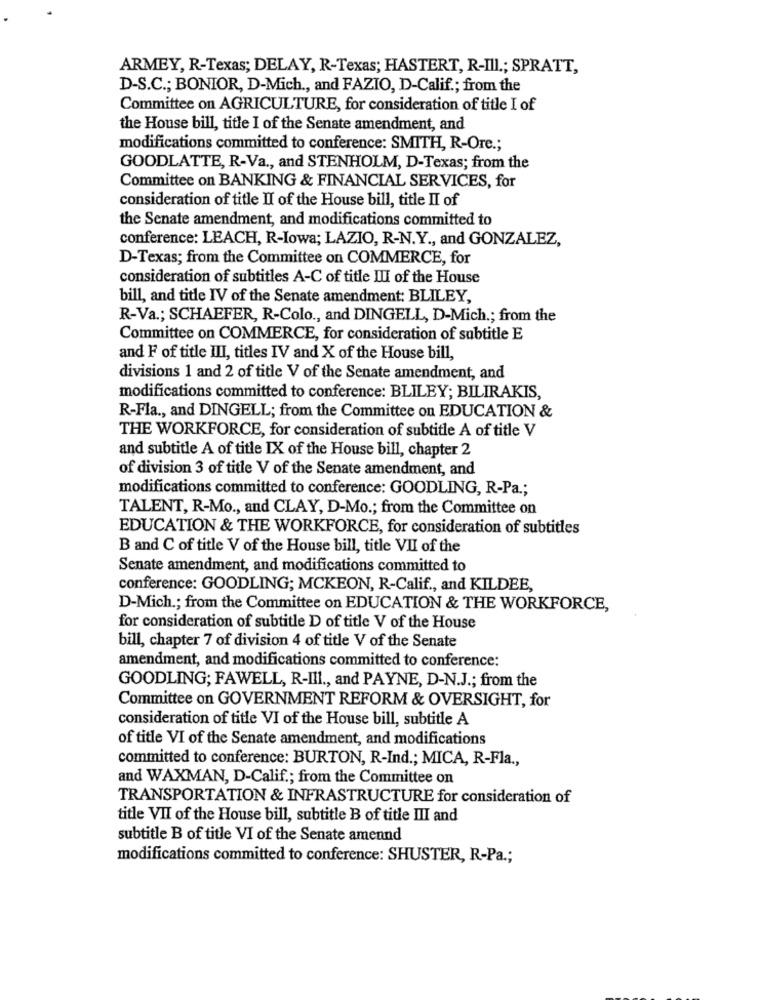
ARMEY, R-Texas; DELAY, R-Texas; HASTERT, R-Ill .; SPRATT,
D-S.C .; BONIOR, D-Mich ., and FAZIO, D-Calif .; from the
Committee on AGRICULTURE, for consideration of title I of
the House bill, title I of the Senate amendment, and
modifications committed to conference: SMITH, R-Ore .;
GOODLATTE, R-Va ., and STENHOLM, D-Texas; from the
Committee on BANKING & FINANCIAL SERVICES, for
consideration of title II of the House bill, title II of
the Senate amendment, and modifications committed to
conference: LEACH, R-Iowa; LAZIO, R-N.Y ., and GONZALEZ,
D-Texas; from the Committee on COMMERCE, for
consideration of subtitles A-C of title III of the House
bill, and title IV of the Senate amendment: BLILEY,
R-Va .; SCHAEFER, R-Colo ., and DINGELL, D-Mich .; from the
Committee on COMMERCE, for consideration of subtitle E
and F of title III, titles IV and X of the House bill,
divisions 1 and 2 of title V of the Senate amendment, and
modifications committed to conference: BLILEY; BILIRAKIS,
R-Fla ., and DINGELL; from the Committee on EDUCATION &
THE WORKFORCE, for consideration of subtitle A of title V
and subtitle A of title IX of the House bill, chapter 2
of division 3 of title V of the Senate amendment, and
modifications committed to conference: GOODLING, R-Pa .;
TALENT, R-Mo ., and CLAY, D-Mo .; from the Committee on
EDUCATION & THE WORKFORCE, for consideration of subtitles
B and C of title V of the House bill, title VII of the
Senate amendment, and modifications committed to
conference: GOODLING; MCKEON, R-Calif ., and KILDEE,
D-Mich .; from the Committee on EDUCATION & THE WORKFORCE,
for consideration of subtitle D of title V of the House
bill, chapter 7 of division 4 of title V of the Senate
amendment, and modifications committed to conference:
GOODLING; FAWELL, R-III ., and PAYNE, D-N.J .; from the
Committee on GOVERNMENT REFORM & OVERSIGHT, for
consideration of title VI of the House bill, subtitle A
of title VI of the Senate amendment, and modifications
committed to conference: BURTON, R-Ind .; MICA, R-Fla .,
and WAXMAN, D-Calif .; from the Committee on
TRANSPORTATION & INFRASTRUCTURE for consideration of
title VII of the House bill, subtitle B of title III and
subtitle B of title VI of the Senate amennd
modifications committed to conference: SHUSTER, R-Pa .;